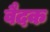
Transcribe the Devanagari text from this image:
वैदक